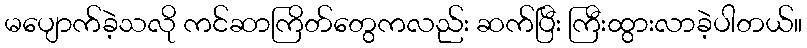
မပျောက်ခဲ့သလို ကင်ဆာကြိတ်တွေကလည်း ဆက်ပြီး ကြီးထွားလာခဲ့ပါတယ်။